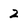
Character: 2